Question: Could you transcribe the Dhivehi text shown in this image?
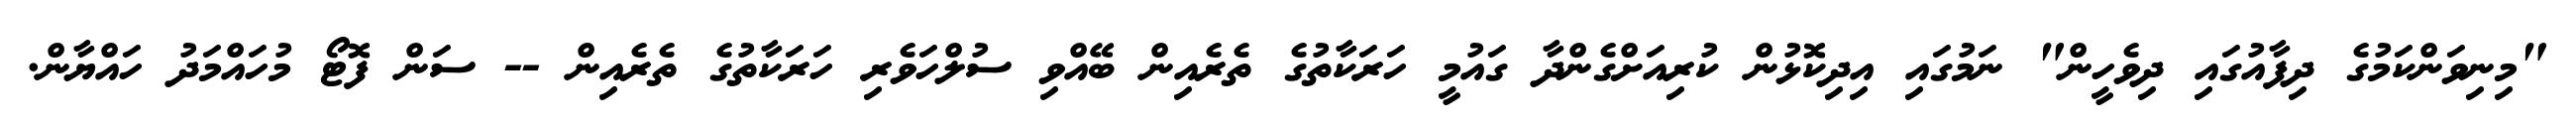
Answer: "މިނިވަންކަމުގެ ދިފާއުގައި ދިވެހީން" ނަމުގައި އިދިކޮޅުން ކުރިއަށްގެންދާ ގައުމީ ހަރަކާތުގެ ތެރެއިން ބޭއްވި ސުލްހަވެރި ހަރަކާތުގެ ތެރެއިން -- ސަން ފޮޓޯ މުހައްމަދު ހައްޔާން.